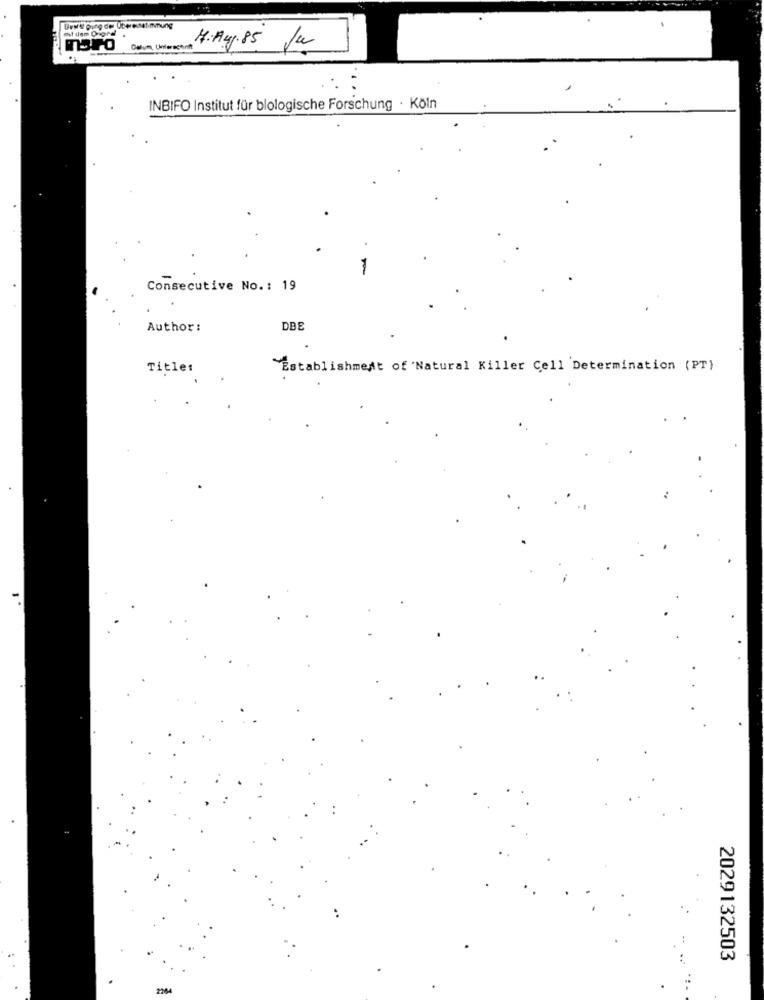
Bear's pung de Überesset-mmung
et dem Ongral
TOPO
Datum, Unterschrift
M.A.s.85 Ju
INBIFO Institut für blologische Forschung · Köln
-
Consecutive No .: 19
Author :
DBE
Title:
Establishment of Natural Killer Cell Determination (PT)
2029132503
2764